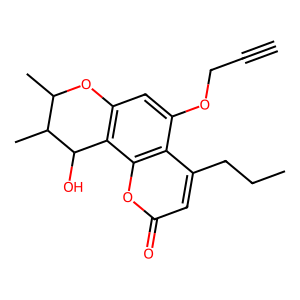
SMILES: C#CCOc1cc2c(c3oc(=O)cc(CCC)c13)C(O)C(C)C(C)O2
Inhibits HIV replication: No